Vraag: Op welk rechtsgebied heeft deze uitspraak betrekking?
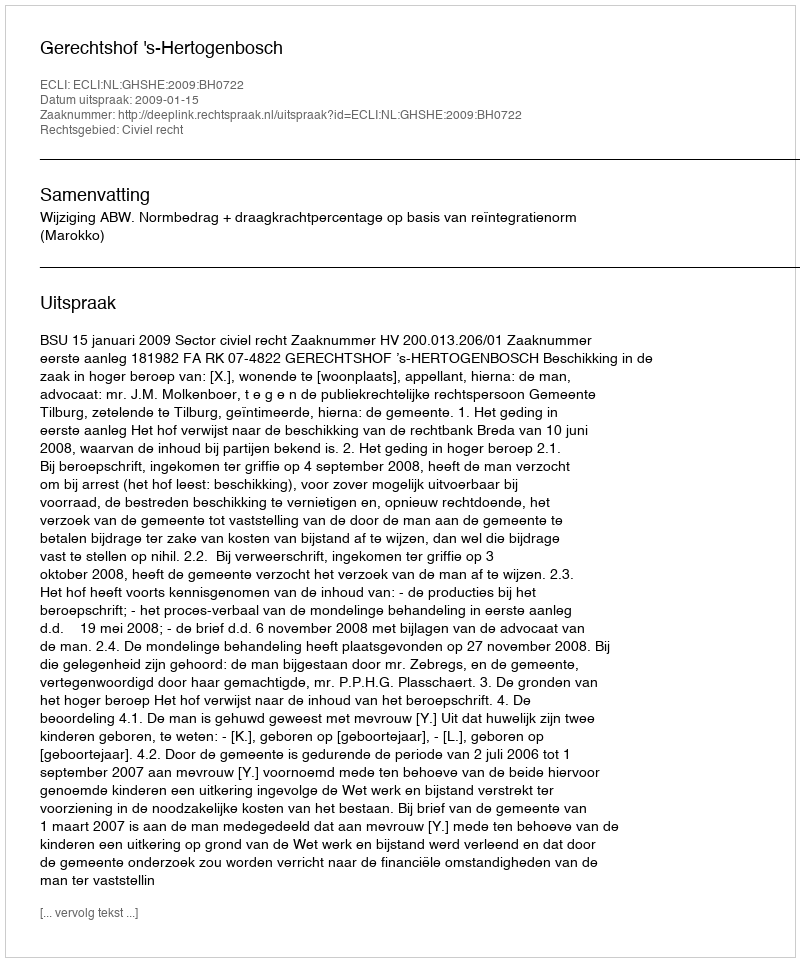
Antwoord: Civiel recht